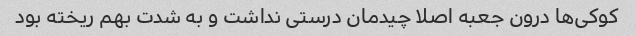
کوکی‌ها درون جعبه اصلا چیدمان درستی نداشت و به شدت بهم ریخته بود